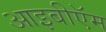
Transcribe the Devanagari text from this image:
आइबीऍम